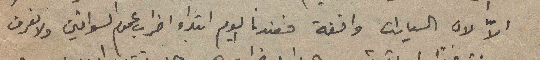
الاّ لان السيارات واقفة فعندنا اليوم ابتداء اضراب عموم السواقين ولا نعرف